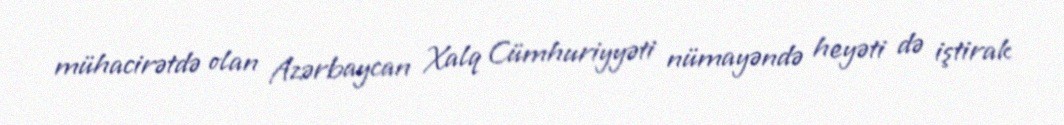
mühacirətdə olan Azərbaycan Xalq Cümhuriyyəti nümayəndə heyəti də iştirak